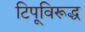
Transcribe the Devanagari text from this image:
टिपूविरूद्ध